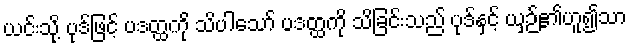
ယင်းသို့ ပုဒ်ဖြင့် ပဒတ္ထကို သိပါသော် ပဒတ္ထကို သိခြင်းသည် ပုဒ်နှင့် ယှဉ်၏ဟူ၍သာ